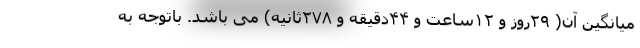
میانگین آن( ۲۹روز و ۱۲ساعت و ۴۴دقیقه و ۲۷۸ثانیه) می باشد. باتوجه به